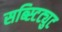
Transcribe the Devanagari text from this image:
सब्स्टिट्युट